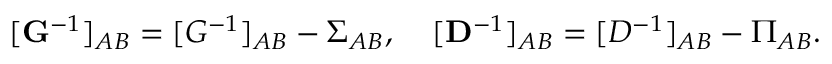
[ { \bf G } ^ { - 1 } ] _ { A B } = [ G ^ { - 1 } ] _ { A B } - \Sigma _ { A B } , \; \; \; \; [ { \bf D } ^ { - 1 } ] _ { A B } = [ D ^ { - 1 } ] _ { A B } - \Pi _ { A B } .